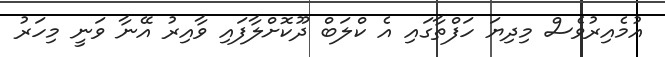
އުމެއިރުވެސް މިދިޔަ ހަފްތާގައި އެ ކްލަބް ދޫކޮށްލާފައި ވާއިރު އޭނާ ވަނީ މިހަރު